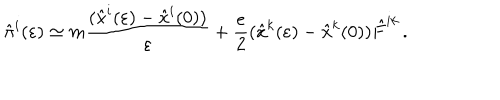
{ \hat { \pi } } ^ { i } ( \varepsilon ) \simeq m { \frac { ( { \hat { x } } ^ { i } ( \varepsilon ) - { \hat { x } } ^ { i } ( 0 ) ) } { \varepsilon } } + { \frac { e } { 2 } } ( { \hat { x } } ^ { k } ( \varepsilon ) - { \hat { x } } ^ { k } ( 0 ) ) { \hat { F } } ^ { i k } \, .